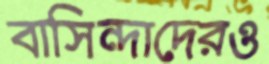
বাসিন্দাদেরও